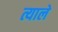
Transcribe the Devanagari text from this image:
त्याले